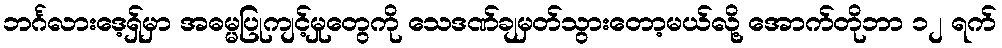
ဘင်္ဂလားဒေ့ရှ်မှာ အဓမ္မပြုကျင့်မှုတွေကို သေဒဏ်ချမှတ်သွားတော့မယ်လို့ အောက်တိုဘာ ၁၂ ရက်